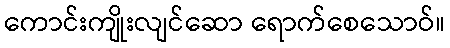
ကောင်းကျိုးလျင်ဆော ရောက်စေသောဝ်။